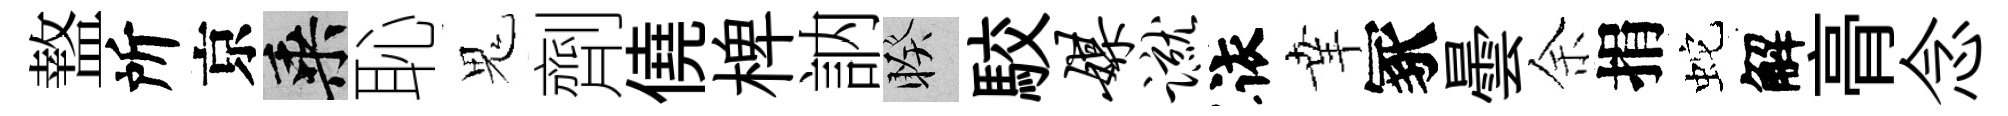
盩所京乘恥鬼劑僥椑訥睽駮媒蹴依𦍒冢曇余捐蛇解𮌔念